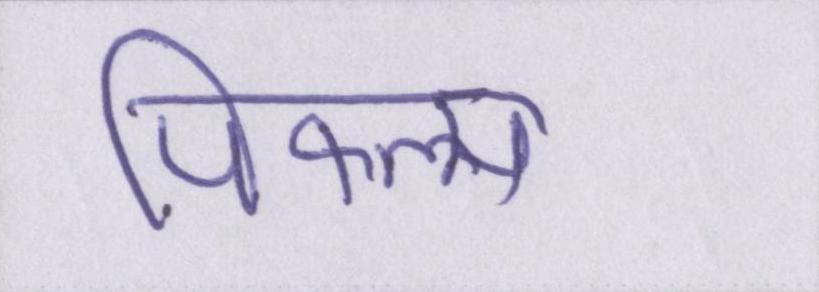
पिफल्म